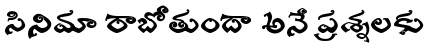
సినిమా రాబోతుందా అనే ప్రశ్నలకు